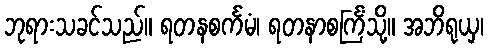
ဘုရားသခင်သည်။ ရတနစင်္ကမံ၊ ရတနာစင်္ကြံသို့။ အဘိရုယှ၊